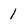
Character: 1